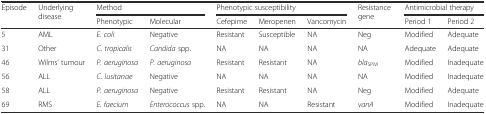
| <ROWSPAN=2> Episode | <ROWSPAN=2> Underlying disease | <COLSPAN=2> Method | <COLSPAN=3> Phenotypic susceptibility | <ROWSPAN=2> Resistance gene | <COLSPAN=2> Antimicrobial therapy |
 | Phenotypic | Molecular | Cefepime | Meropenen | Vancomycin | Period 1 | Period 2 |
 | --- | --- | --- | --- | --- | --- | --- | --- | --- | --- |
 | 5 | AML | E. coli | Negative | Resistant | Susceptible | NA | Neg | Modified | Adequate |
 | 31 | Other | C. tropicalis | Candida spp. | NA | NA | NA | NA | Adequate | Adequate |
 | 46 | Wilms’ tumour | P. aeruginosa | P. aeruginosa | Resistant | Resistant | NA | blaSPM | Modified | Inadequate |
 | 56 | ALL | C. lusitanae | Negative | NA | NA | NA | NA | Modified | Inadequate |
 | 58 | ALL | P. aeruginosa | Negative | Resistant | Resistant | NA | Neg | Modified | Adequate |
 | 69 | RMS | E. faecium | Enterococcus spp. | NA | NA | Resistant | vanA | Modified | Inadequate |